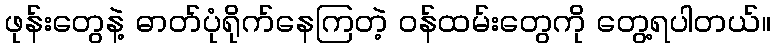
ဖုန်းတွေနဲ့ ဓာတ်ပုံရိုက်နေကြတဲ့ ဝန်ထမ်းတွေကို တွေ့ရပါတယ်။